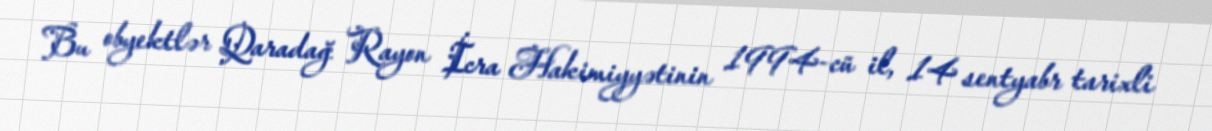
Bu obyektlər Qaradağ Rayon İcra Hakimiyyətinin 1994-cü il, 14 sentyabr tarixli